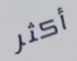
أكثر